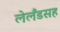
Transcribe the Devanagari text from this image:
लेलँडसह